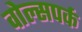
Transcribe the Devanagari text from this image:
वोल्सपर्क